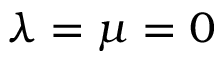
\lambda = \mu = 0